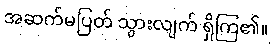
အဆက်မပြတ် သွားလျက် ရှိကြ၏။